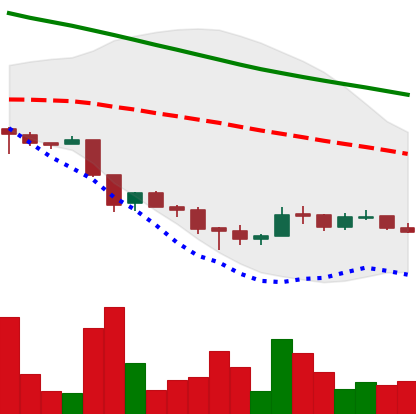
Ticker: ADA-USD
Chart end date: 2018-12-04
Forward return: -15.932%
Label: down_7plus